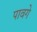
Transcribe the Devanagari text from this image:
पावगे